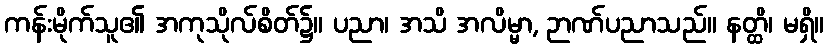
ကန်းမိုက်သူ၏ အကုသိုလ်စိတ်၌။ ပညာ၊ အသိ အလိမ္မာ, ဉာဏ်ပညာသည်။ နတ္ထိ၊ မရှိ။